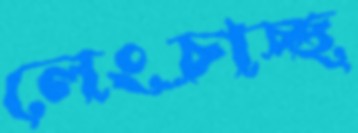
লেংচাচ্ছ